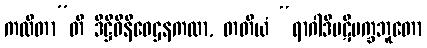
ကထိတာ”တိ ဒိဋ္ဌိဝိနိဝေဌနကထာ, တတိယံ “ရာဂါဒိပဋိပက္ခဘူတော